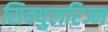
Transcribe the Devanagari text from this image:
सिक्युलरिज्म